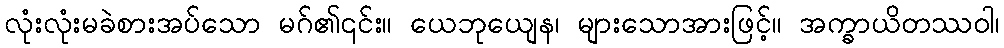
လုံးလုံးမခဲစားအပ်သော မဂ်၏၎င်း။ ယေဘုယျေန၊ များသောအားဖြင့်။ အက္ခာယိတဿဝါ၊